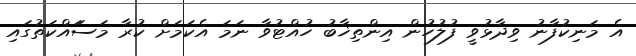
އެ މަނިކުފާނު ވިދާޅުވީ ފުލުހުން އިންތިޚާބު ހުއްޓުވާ ނަމަ އެކަމަށް ކުރާ މަސަައްކަތުގައި